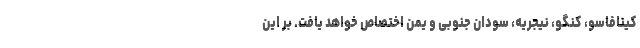
کینافاسو، کنگو، نیجریه، سودان جنوبی و یمن اختصاص خواهد یافت. بر این